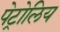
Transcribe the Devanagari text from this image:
पेट्रोलिय